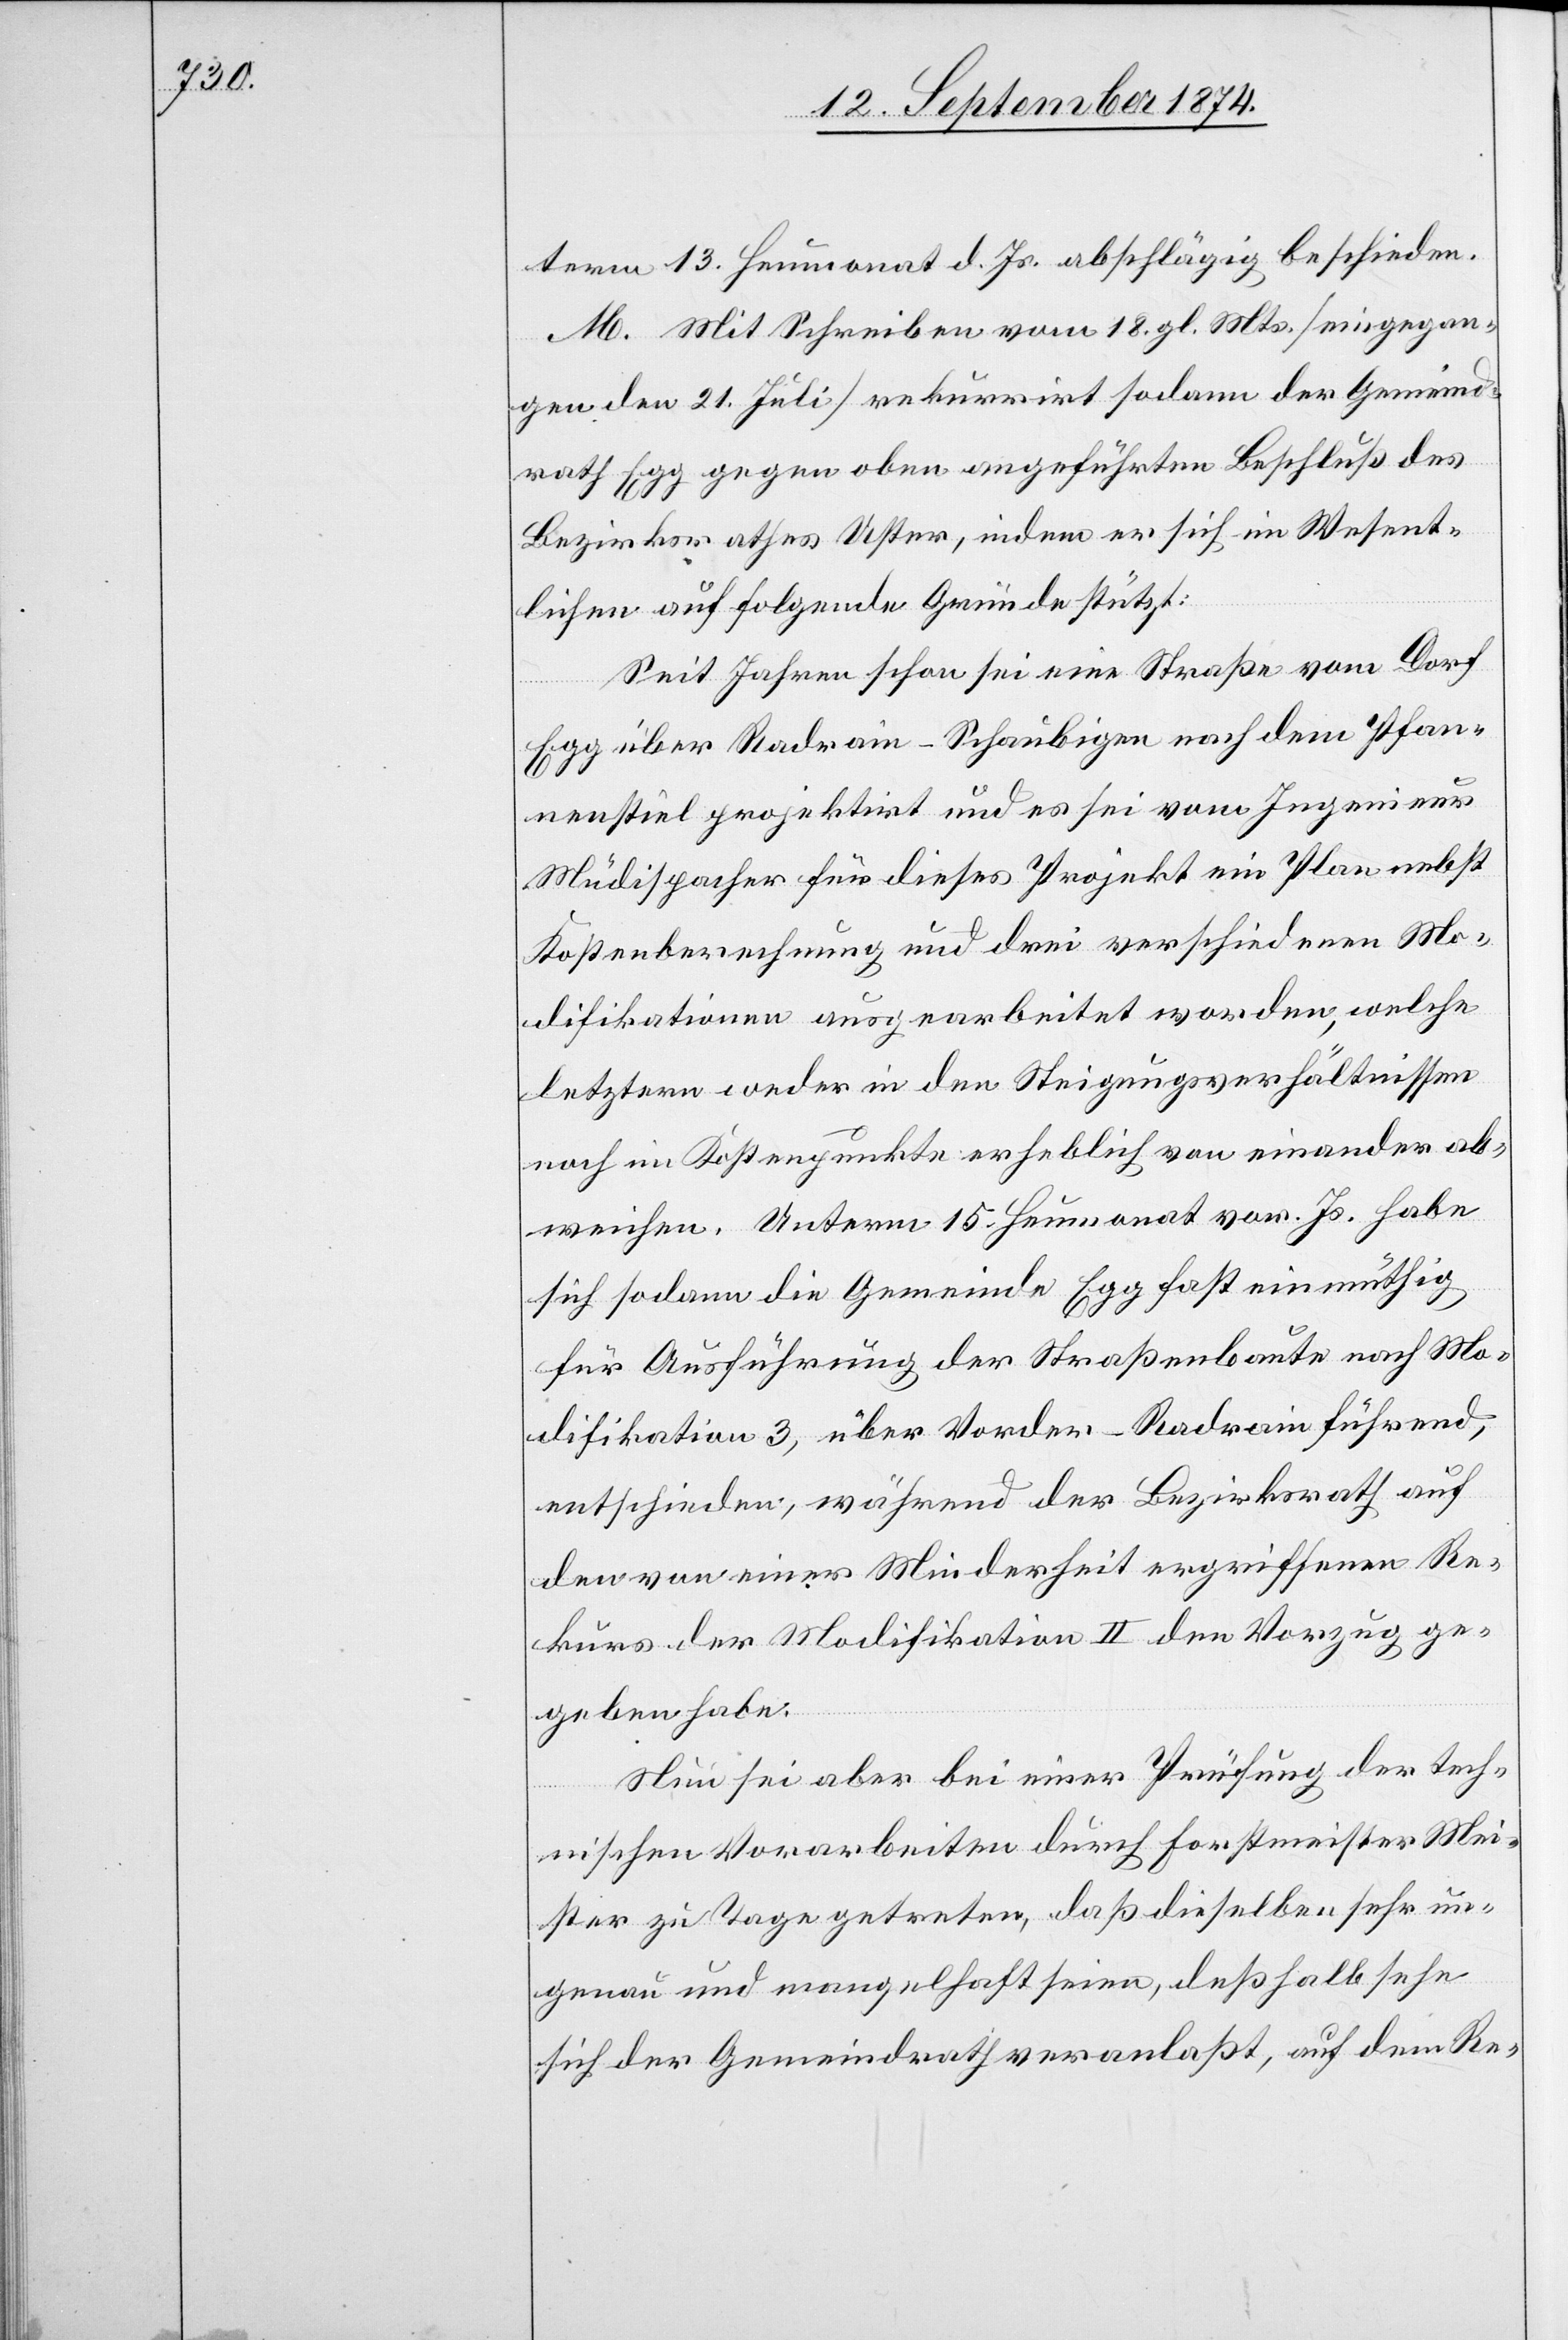
term 13. Heumonat d. Js. abschlägig beschieden.
M. Mit Schreiben vom 18. gl. Mts. [eingegan¬
gen den 21. Juli] rekurrirt sodann der Gemeind¬
rath Egg gegen oben angeführten Beschluß des
Bezirksrathes Uster, indem er sich im Wesent¬
lichen auf folgende Gründe stützt:
Seit Jahren schon sei eine Straße vom Dorf
Egg über Radrain-Schaubigen nach dem Pfan¬
nenstiel projektirt und es sei vom Ingenieur
Müdispacher für dieses Projekt ein Plan nebst
Kostenberechnung und drei verschiedenen Mo¬
difikationen ausgearbeitet worden, welche
letztern weder in den Steigungsverhältnissen
noch im Kostenpunkte erheblich von einander ab¬
weichen. Unterm 15. Heumonat vor. Js. habe
sich sodann die Gemeinde Egg fast einmüthig
für Ausführung der Straßenbaute nach Mo¬
difikation 3, über Vorder-Radrain führend,
entschieden, während der Bezirksrath auf
den von einer Minderheit ergriffenen Re¬
kurs der Modifikation II den Vorzug ge¬
geben habe.
Nun aber bei einer Prüfung der tech¬
nischen Vorarbeiten durch Forstmeister Mei¬
ster zu Tage getreten, daß dieselben sehr un¬
genau und mangelhaft seien, deßhalb sehe
sich der Gemeindrath veranlaßt, auf dem Re-